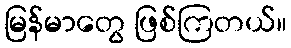
မြန်မာတွေ ဖြစ်ကြတယ်။